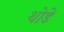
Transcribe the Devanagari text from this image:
थोडें